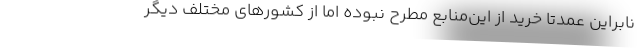
نابراین عمدتاً خرید از این‌منابع مطرح نبوده اما از کشورهای مختلف دیگر